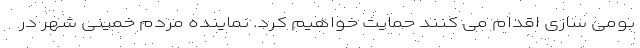
بومی سازی اقدام می کنند حمایت خواهیم کرد. نماینده مردم خمینی شهر در